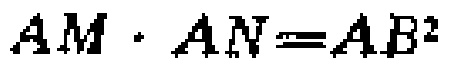
$AM\cdot AN = AB^{2}$